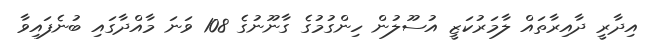
އިދާރީ ދާއިރާތައް ލާމަރުކަޒީ އުސޫލުން ހިންގުމުގެ ގާނޫނުގެ 108 ވަނަ މާއްދާގައި ބުނެފައިވާ